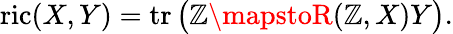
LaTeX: \operatorname{ric}(X,Y)=\operatorname{tr}{\big(}\mathbb{Z}\mapstoR(\mathbb{Z},X)Y{\big)}.